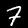
Digit: 7